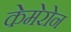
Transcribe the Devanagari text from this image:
केमेरोन